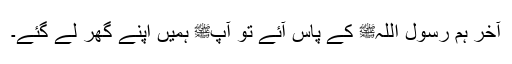
آخر ہم رسول اللہﷺ کے پاس آئے تو آپﷺ ہمیں اپنے گھر لے گئے۔